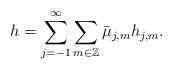
LaTeX: \begin{align*}h = \sum_{j=-1}^\infty \sum_{m\in \mathbb Z} \bar \mu_{j,m} h_{j,m}. \end{align*}